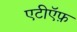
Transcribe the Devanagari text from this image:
एटीऍफ़